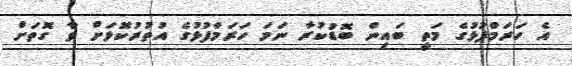
އެ ހަރަމްފުޅުގެ މަތީ ބައިން ބޮޑުކުރާ ނަމަ ހަރަމްފުޅުގެ އުތުރުކޮޅަށް ވާ ގޮތަށް